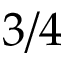
3 / 4